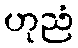
ဟုညံ